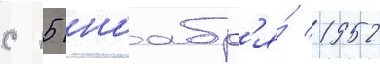
с 15 ноабр'я́ 1952